Vaccine operations Central Provinces 1868-1885 - 1868-1885
Year: 1868
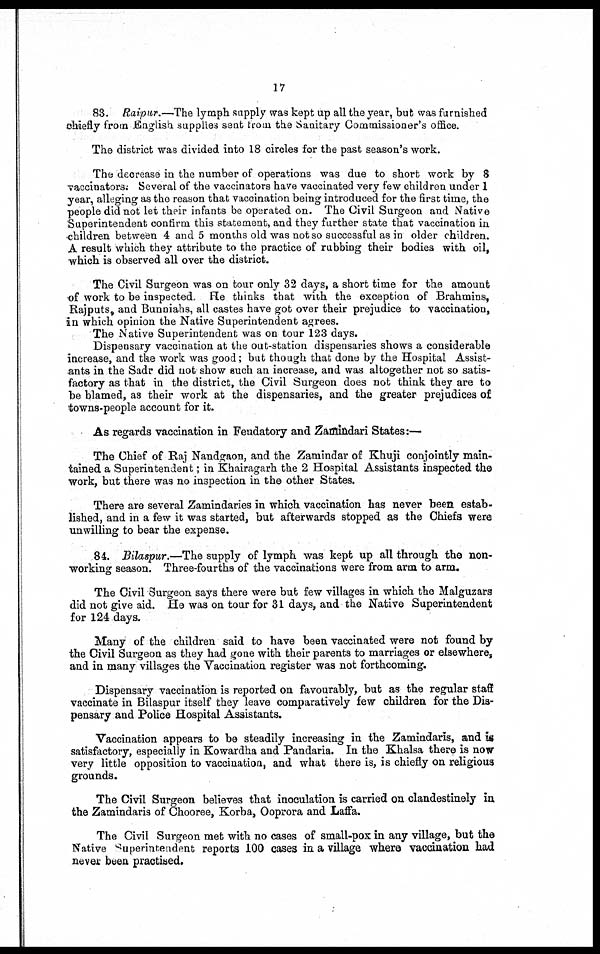
17
83. Raipur.—The lymph supply was kept up all the year, but was furnished
chiefly from English supplies sent from the Sanitary Commissioner's office.
The district was divided into 18 circles for the past season's work.
The decrease in the number of operations was due to short work by 8
vaccinates. Several of the vaccinators have vaccinated very few children under 1
year, alleging as the reason that vaccination being introduced for the first time, the
people did not let their infants be operated on. The Civil Surgeon and Native
Superintendent confirm this statement, and they further state that vaccination in
children between 4 and 5 months old was not so successful as in older children.
A result which they attribute to the practice of rubbing their bodies with oil,
which is observed all over the district.
The Civil Surgeon was on tour only 32 days, a short time for the amount
of work to be inspected. He thinks that with the exception of Brahmins,
Rajputs, and Bunniahs, all castes have got over their prejudice to vaccination,
in which opinion the Native Superintendent agrees.
The Native Superintendent was on tour 123 days.
Dispensary vaccination at the out-station dispensaries shows a considerable
increase, and the work was good; but though that done by the Hospital Assist-
ants in the Sadr did not show such an increase, and was altogether not so satis-
factory as that in the district, the Civil Surgeon does not think they are to
be blamed, as their work at the dispensaries, and the greater prejudices of
towns-people account for it.
As regards vaccination in Feudatory and Zamindari States:—
The Chief of Raj Nandgaon, and the Zamindar of Khuji conjointly main-
tained a Superintendent; in Khairagarh the 2 Hospital Assistants inspected the
work, but there was no inspection in the other States.
There are several Zamindaries in which vaccination has never been estab-
lished, and in a few it was started, but afterwards stopped as the Chiefs were
unwilling to bear the expense.
84. Bilaspur.—The supply of lymph was kept up all through the non-
working season. Three-fourths of the vaccinations were from arm to arm.
The Civil Surgeon says there were but few villages in which the Malguzars
did not give aid. He was on tour for 31 days, and the Native Superintendent
for 124 days.
Many of the children said to have been vaccinated were not found by
the Civil Surgeon as they had gone with their parents to marriages or elsewhere,
and in many villages the Vaccination register was not forthcoming.
Dispensary vaccination is reported on favourably, but as the regular staff
vaccinate in Bilaspur itself they leave comparatively few children for the Dis-
pensary and Police Hospital Assistants.
Vaccination appears to be steadily increasing in the Zamindaris, and is
satisfactory, especially in Kowardha and Pandaria. In the Khalsa there is now
very little opposition to vaccination, and what there is, is chiefly on religious
grounds.
The Civil Surgeon believes that inoculation is carried on clandestinely in
the Zamindaris of Chooree, Korba, Ooprora and Laffa.
The Civil Surgeon met with no cases of small-pox in any village, but the
Native Superintendent reports 100 cases in a village where vaccination had
never been practised.